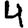
Digit: 4